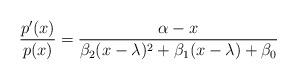
LaTeX: \begin{align*} \frac{p'(x)}{p(x)} = \frac{\alpha-x}{\beta_2(x-\lambda)^2+\beta_1(x-\lambda) + \beta_0} \end{align*}